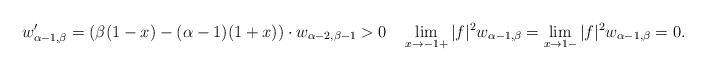
\begin{align*} w_{\alpha-1,\beta}'=\left(\beta(1-x)-(\alpha-1)(1+x)\right)\cdot w_{\alpha-2,\beta-1} >0 \quad \lim_{x\to-1+} |f|^2 w_{\alpha-1,\beta} =\lim_{x\to1-} |f|^2 w_{\alpha-1,\beta}=0. \end{align*}